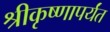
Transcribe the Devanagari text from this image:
श्रीकृष्णापर्यंत